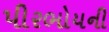
પીરભોયની